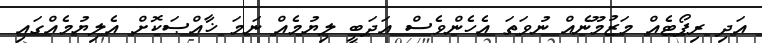
އަދި ރިޕޯޓެއް މަޒުމޫނެއް ނުވަތަ އެހެންވެސް އަދަބީ ލިޔުމެއް ނަމަ ޚާއްޞަކޮށް އެލިޔުމެއްގައި